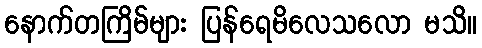
နောက်တကြိမ်များ ပြန်ရေမိလေသလော မသိ။